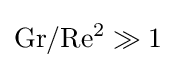
{\rm {Gr/Re^{2}\gg 1}}